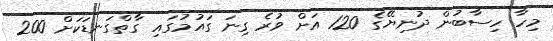
މިހާ ހިސާބުން ދުނިޔޭގެ 120 އަށް ވުރެ ގިނަ ގައުމުގައި ގާތްގަނޑަކަށް 200